Annual report on the health of the army in India
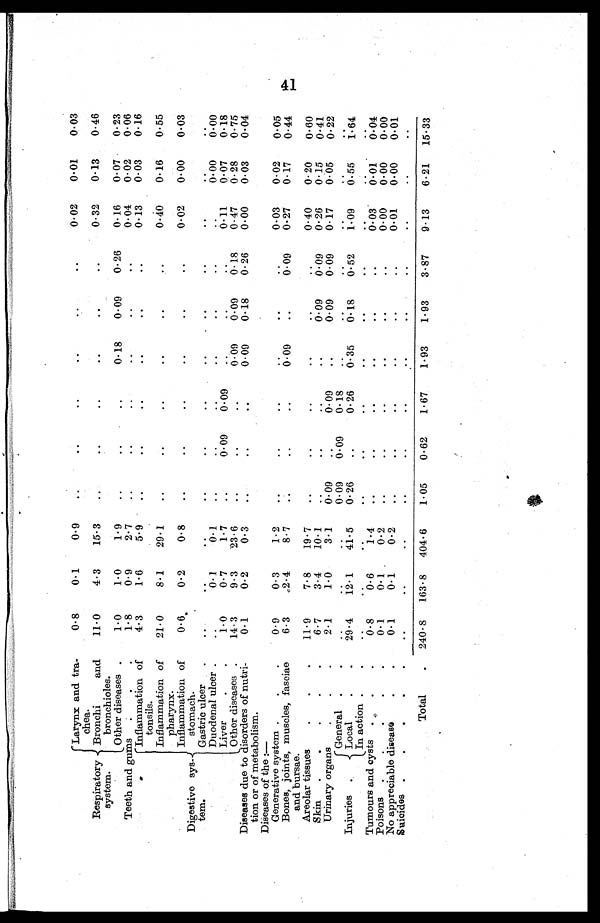
Respiratory
system.
Larynx and tra
¬chea.
0.8
0.1
0.9
..
..
..
..
..
. .
0.02
0.01
0.03
Bronchi and
bronchioles.
11.0
4.3
15.3
..
..
..
. . ..
. .
0.32
0.13
0.46
Other diseases .
1.0
1.0
1.9
..
..
..
0.18
0.09
0.26
0.16
0.07
0.23
Teeth and gums .
. .
1.8
0.9
2.7
..
..
..
..
..
. .
0.04
0.02
0.06
Digestive sys
¬ t e m .
Inflammation of
tonsils.
4.3
1.6
5.9
..
..
..
..
..
. .
0.13
0.03
0.16
Inflammation of
pharynx.
21.0
8.1
29.1
..
..
..
. .
..
..
0.40
0.16
0.55
Inflammation of
stomach.
0.6
0.2
0.8
. .
. .
..
. .
. .
. .
0.02
0.00
0.03
Gastric ulcer .
..
..
..
..
..
..
..
..
..
..
. .
. .
Duodenal ulcer .
. .
0 . 1
0.1
. .
. .
. .
. .
. .
. .
. .
0.00 0.00
Liver
. .
1.0
0.7
1.7
. .
0.09
0.09
. .
. .
. .
0.11
0.07
0.18
Other diseases .
14.3
9.3
23.6
..
..
..
0.09
0.09
0.18
0.47
0.28
0.75
Diseases due to disorders of nutri
¬tion or of metabolism.
0.1
0.2
0.3
..
..
..
0.09
0.18
0.26
0.00
0.03
0.04
Diseases of the :—
Generative system.. ..
0.9
0.3
1.2
. .
. .
. .
. .
. .
. .
0.03
0.02
0.05
Bones, joints, muscles, fasciae
and bursae.
6.3
2.4
8.7
..
..
..
0.09
..
0.09
0.27
0.17
0.44
Areolar tissues
.
. .
11.9
7.8
19.7
..
..
..
..
..
..
0.40
0.20
0.60
Skin .
.
. . .
6.7
3.4
10.1
. .
. .
. .
..
0.09
0.09
0.26
0.15
0.41
Urinary organs
..
. .
2.1
1.0
3.1
0.09
. .
0.09
..
0.09
0.09
0.17
0.05
0.22
Injuries .
General
. .
..
..
. .
0.09
0.09
0.18
..
..
..
..
..
. .
Local
. . .
29.4
1 2 . 1
41.5
0.26
..
0.26
0.35
0.18
0.52
1.09
0.55 1.64
In action ..
..
..
..
..
..
..
..
..
..
..
. .
. .
Tumours and cysts ..
.
0.8
0.6
1.4
..
..
..
..
..
..
0.03
0.01
0.04
Poisons..
..
.
0.1
0.1
0.2
. .
. .
. .
. .
. .
. .
0.00
0.00
0.00
No appreciable disease
. .
0.1
0.1
0.2
..
..
..
..
..
..
0.01
0.00
0.01
Suicides .
.
.
..
..
..
. .
. .
..
. .
. .
. .
. .
..
. .
Total
. 240.8 163.8 404.6
1.05
0.62
1.67
1.93
1.93
3.87
9.13
6.21 15.33
41